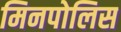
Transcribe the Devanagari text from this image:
मिनपोलिस